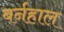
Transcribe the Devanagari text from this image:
बर्नहाल